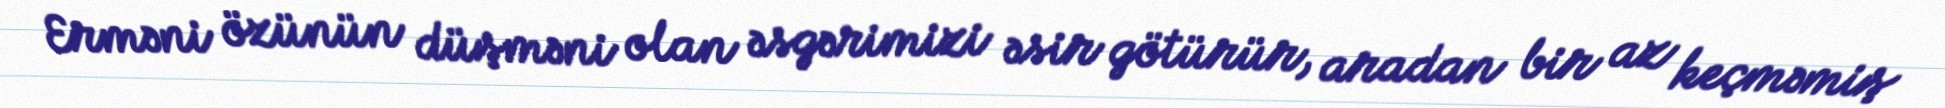
Erməni özünün düşməni olan əsgərimizi əsir götürür, aradan bir az keçməmiş